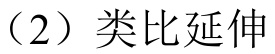
（2）类比延伸